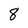
Character: 8